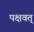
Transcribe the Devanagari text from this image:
पक्षवत्